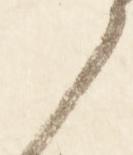
候